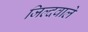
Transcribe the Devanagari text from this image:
जिल्दवाले